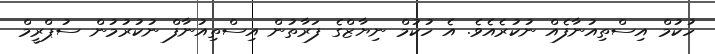
ހުކުމް އިސްތިއުނާފެއް ނުކުރެއެވެ. އެ ހުކުމް ނިޔާޒްގެ ފަރާތުން އިސްތިއުނާފް ނުކުރުމުން ސުޕްރީމް